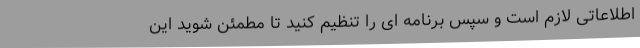
اطلاعاتی لازم است و سپس برنامه ای را تنظیم کنید تا مطمئن شوید این